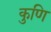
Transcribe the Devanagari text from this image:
कुणि